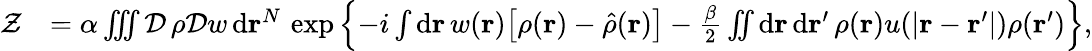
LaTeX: \begin{array}{rl}{\mathcal{Z}}&{=\alpha\iiint\mathcal{D}\, \rho\mathcal{D}w\, \mathrm{d}\mathbf{r}^{N}\, \exp\left\{ -i\int\mathrm{d}\mathbf{r}\, w(\mathbf{r})\big[\rho(\mathbf{r})-\hat{\rho}(\mathbf{r})\big]-\frac{\beta}{2}\iint\mathrm{d}\mathbf{r}\, \mathrm{d}\mathbf{r}^{\prime}\, \rho(\mathbf{r})u(\vert\mathbf{r}-\mathbf{r}^{\prime}\vert)\rho(\mathbf{r}^{\prime})\right\} ,}\end{array}